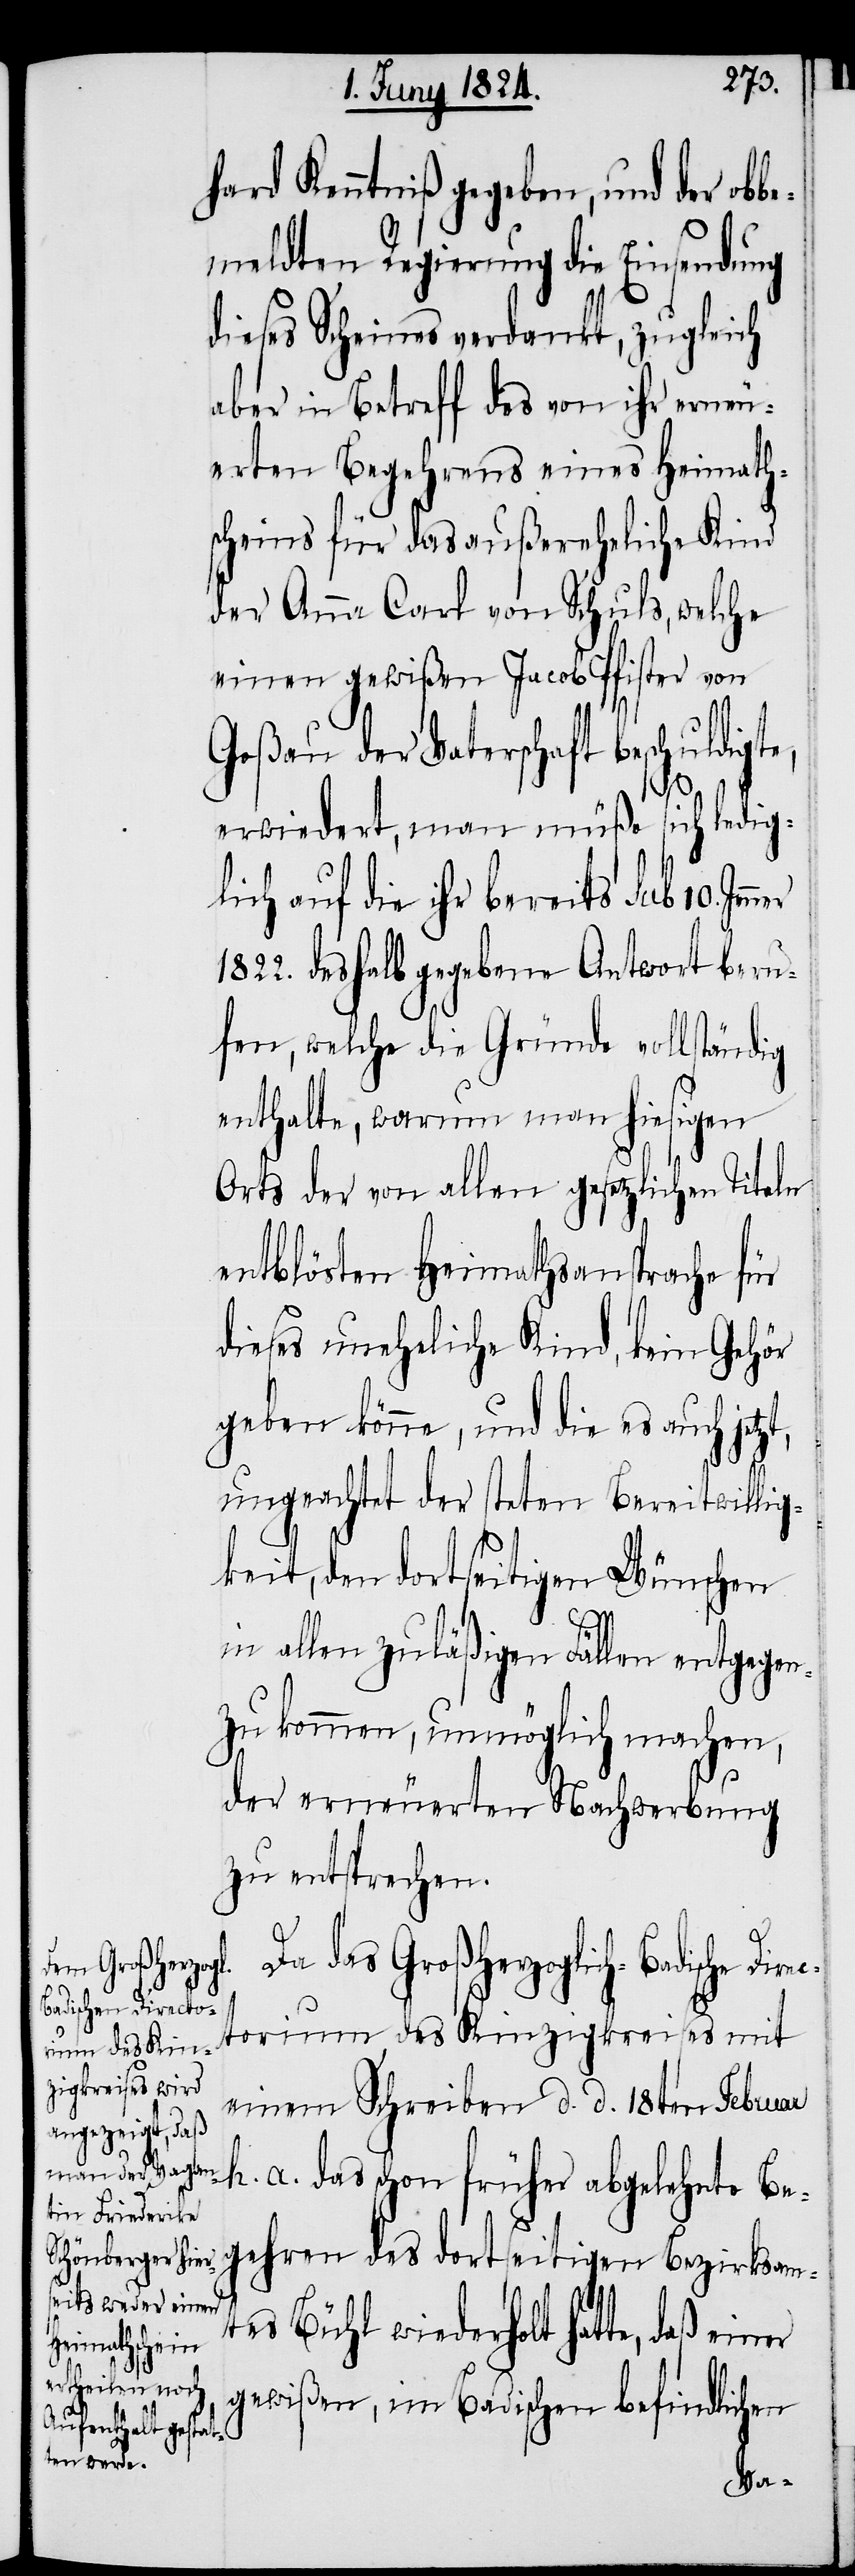
adische Directo¬

hard Kenntniß gegeben, und der obb¬
emeldten Regierung die Einsendung
dieses Scheines verdankt, zugleich
aber in Betreff des von ihr erneu¬
erten Begehrens eines Heimaths¬
cheins für das außereheliche Kind
der Anna Carl von Schuls, welche
einen gewißen Jacob Pfister von
Goßau der Vaterschaft beschuldigte,
erwiedert, man müße sich ledig¬
lich auf die ihr bereits sub 10. Jen¬
1822. deshalb gegebene Antwort beru¬
fen, welche die Gründe vollständig
enthalte, warum man hiesigen
Orts der von allen gesetzlichen Titeln
entblösten Heimathsansprache für
dieses uneheliche Kind, kein Gehör
geben könne, und die es auch
ungeachtet der steten Bereitwillig¬
keit, den dortseitigen Wünschen
ner
in allen zuläßigen Fällen entgegen
zu kommen, unmöglich machen,
der erneuerten Nachwerbung
zu entsprechen.
Da das Großherzoglich-B¬
rium des Kinzigkreises mit
einem Schreiben d. d. 18ten Februar
h. a. das schon früher abgelehnte Be¬
gehren des dortseitigen Bezirksamt¬
es Bühl wiederholt hatte, daß einer
gewißen, im Badischen befindlichen